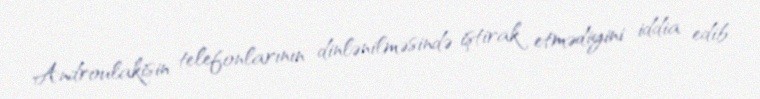
Androulakisin telefonlarının dinlənilməsində iştirak etmədiyini iddia edib.